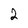
Character: 2